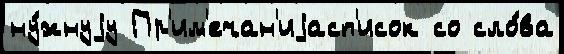
ну́жнуjу Пр'им'ечан'иjасп'исок со сло́ва